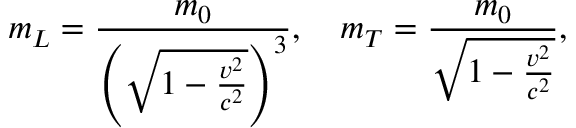
m _ { L } = { \frac { m _ { 0 } } { \left( { \sqrt { 1 - { \frac { v ^ { 2 } } { c ^ { 2 } } } } } \right) ^ { 3 } } } , \quad m _ { T } = { \frac { m _ { 0 } } { \sqrt { 1 - { \frac { v ^ { 2 } } { c ^ { 2 } } } } } } ,